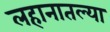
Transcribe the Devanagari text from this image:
लहानातल्या